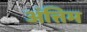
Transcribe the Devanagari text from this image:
अंत्तिम